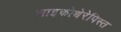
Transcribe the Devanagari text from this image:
साइकोथेरेपिस्त